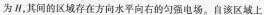
为H，其间的区域存在方向水平向右的匀强电场。自该区域上